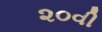
૨૦વી